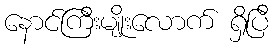
နောင်ကြီးမျိုးလောက် ရှိပြီ